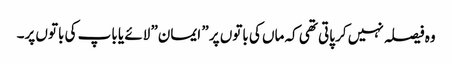
وہ فیصلہ نہیں کر پاتی تھی کہ ماں کی باتوں پر ” ایمان” لائے یا باپ کی باتوں پر۔